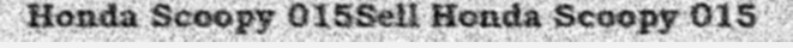
Honda Scoopy 015Sell Honda Scoopy 015